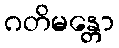
ဂတိမန္တော